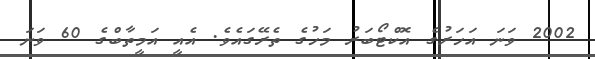
2002 ވަނަ އަހަރުގެ އޮކްޓޯބަރު މަހުގެ ތެރޭގައެވެ. އެއީ އަމީތާބްގެ 60 ވަނަ